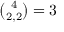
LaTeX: \textstyle { { \binom { 4 } { 2 , 2 } } = 3 }